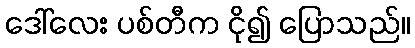
ဒေါ်လေး ပစ်တီက ငို၍ ပြောသည်။